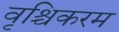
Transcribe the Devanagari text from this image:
वृश्चिकरम